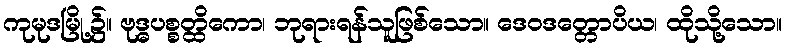
ကုမုဒမြို့၌။ ဗုဒ္ဓပစ္စတ္ထိကော၊ ဘုရားရန်သူဖြစ်သော။ ဒေဝဒတ္တောပိယ၊ ထိုသို့သော။